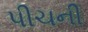
પીચની